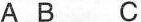
A B C